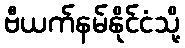
ဗီယက်နမ်နိုင်ငံသို့